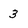
Character: 3